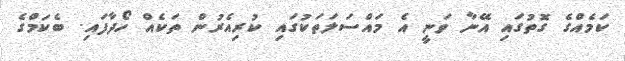
ކަމެއްގެ ގޮތުގައި އޭނާ ވަނީ އެ މައްސަލަތަކުގައި ކުރިއެރުން ތަކެއް ހޯދާފައި. ބެކަމްގެ